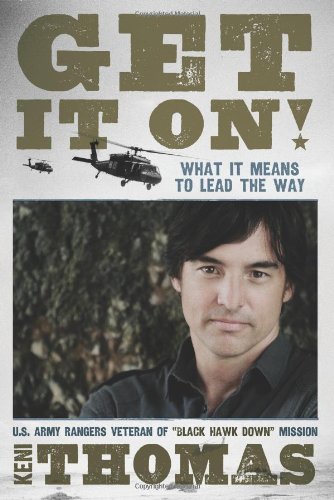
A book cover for Get It On!: What It Means to Lead the Way; Keni Thomas; History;